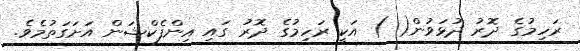
ރަހިމުގެ ދޮރު ދުޅަވުން( ) އަކީ ރަހިމުގެ ދޮރު ގައި އިންފެކްޝަން އަށަގަތުމެވެ.